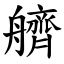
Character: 艩